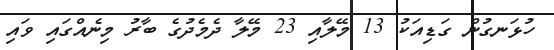
ހުޅަނގުން ގަޑިއަކު 13 މޭލާއި 23 މޭލާ ދެމެދުގެ ބާރު މިނެއްގައި ވައި